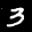
Label: 3